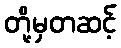
တို့မှတဆင့်